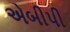
એબીપી